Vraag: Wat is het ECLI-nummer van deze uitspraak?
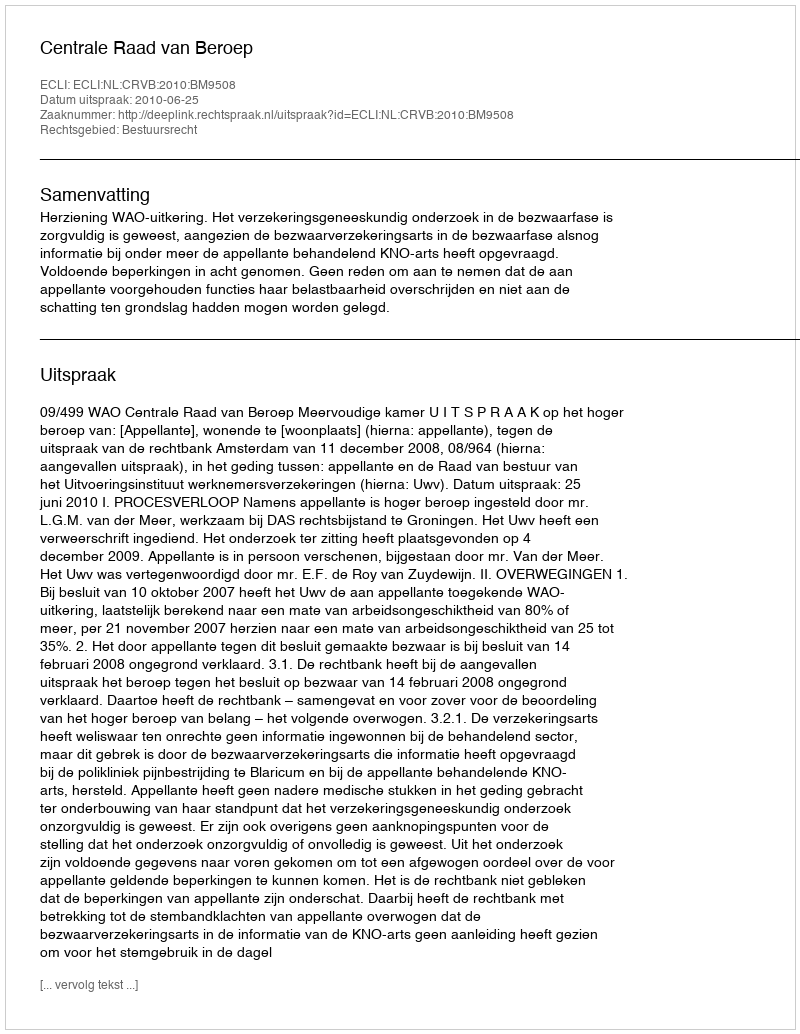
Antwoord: ECLI:NL:CRVB:2010:BM9508